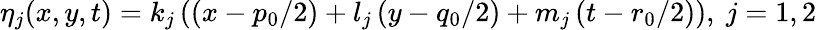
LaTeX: \eta_{j}(x,y,t)=k_{j}\left(\left(x-{p_{0}}/{2}\right)+l_{j}\left(y-{q_{0}}/{2}\right)+m_{j}\left(t-{r_{0}}/{2}\right)\right),~j=1,2